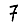
Digit: 7